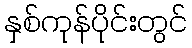
နှစ်ကုန်ပိုင်းတွင်